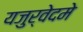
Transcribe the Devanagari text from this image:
यजुर्वेदमे